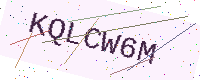
Text: KQLCW6M